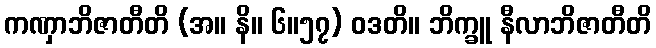
ကဏှာဘိဇာတီတိ (အ။ နိ။ ၆။၅၇) ဝဒတိ။ ဘိက္ခူ နီလာဘိဇာတီတိ